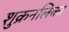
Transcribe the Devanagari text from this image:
शुक्रनलिका